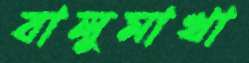
বালুমাখা